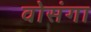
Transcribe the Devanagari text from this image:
वोसंगा